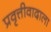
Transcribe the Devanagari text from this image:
प्रवृत्तीवादाला